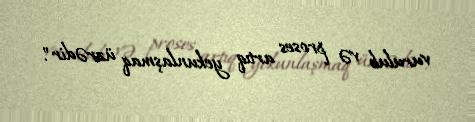
vurulub və proses artıq yekunlaşmaq üzrədir".